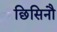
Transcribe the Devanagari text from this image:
छिसिनौ